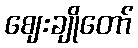
ဈေးချိုတော်